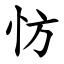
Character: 㤃